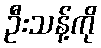
ဦးသန့်ကို